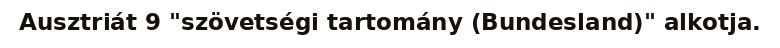
Ausztriát 9 "szövetségi tartomány (Bundesland)" alkotja.